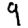
Digit: 9